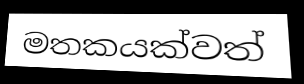
මතකයක්වත්